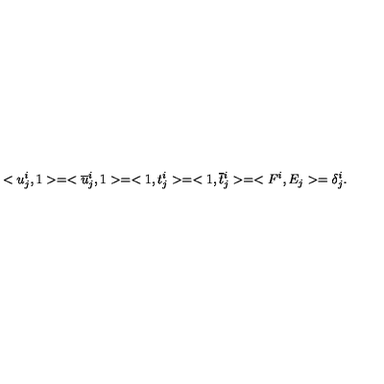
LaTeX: < u _ { j } ^ { i } , 1 > = < \overline { { u } } { } _ { j } ^ { i } , 1 > = < 1 , t _ { j } ^ { i } > = < 1 , \overline { { t } } { } _ { j } ^ { i } > = < F ^ { i } , E _ { j } > = \delta _ { j } ^ { i } .